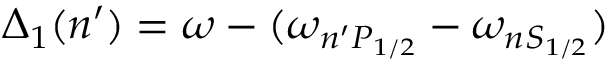
\Delta _ { 1 } ( n ^ { \prime } ) = \omega - ( \omega _ { n ^ { \prime } P _ { 1 / 2 } } - \omega _ { n S _ { 1 / 2 } } )